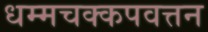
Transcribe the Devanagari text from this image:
धम्मचक्कपवत्तन